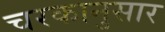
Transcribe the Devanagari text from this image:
चरकानुसार